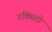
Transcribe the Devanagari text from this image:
टक्सिडो